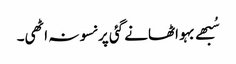
سُبھے بہو اٹھانے گئی پر نسو نہ اٹھی۔